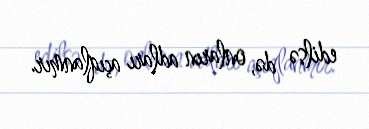
edilsə də, onların adları açıqlanmır.